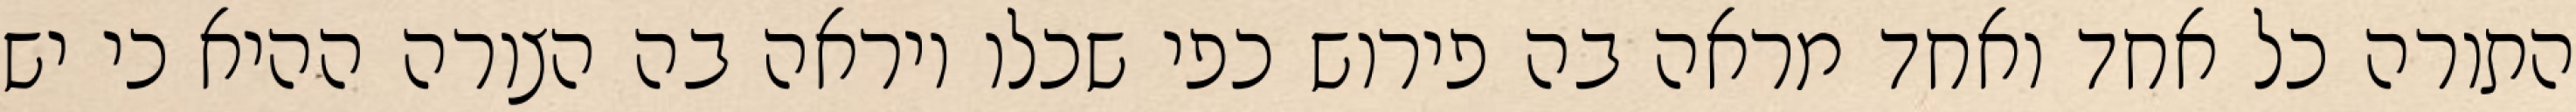
התורה כל אחד ואחד מראה בה פירוש כפי שכלו ויראה בה הצורה ההיא כי יש